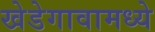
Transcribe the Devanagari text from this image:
खेडेगावामध्ये